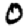
Digit: 0